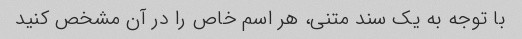
با توجه به یک سند متنی، هر اسم خاص را در آن مشخص کنید